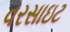
વરસાઇટ